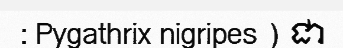
: Pygathrix nigripes ) ជា